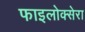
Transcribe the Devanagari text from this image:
फाइलोक्सेरा